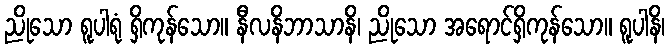
ညိုသော ရူပါရုံ ရှိကုန်သော။ နီလနိဘာသာနိ၊ ညိုသော အရောင်ရှိကုန်သော။ ရူပါနိ၊